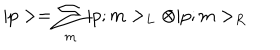
LaTeX: | p > = \sum _ { m } | p ; m > _ { L } \otimes | p ; m > _ { R }